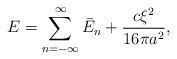
\begin{align*}E=\sum\limits_{n=-\infty}^{\infty}\bar{E}_n+\frac{c \xi^2}{16 \pi a^2}{,}\end{align*}